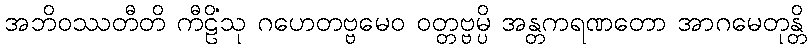
အဘိဝဿတီတိ ကီဠိံသု ဂဟေတဗ္ဗမေဝ ဝတ္တဗ္ဗမ္ပိ အန္တကရဏတော အာဂမေတုန္တိ